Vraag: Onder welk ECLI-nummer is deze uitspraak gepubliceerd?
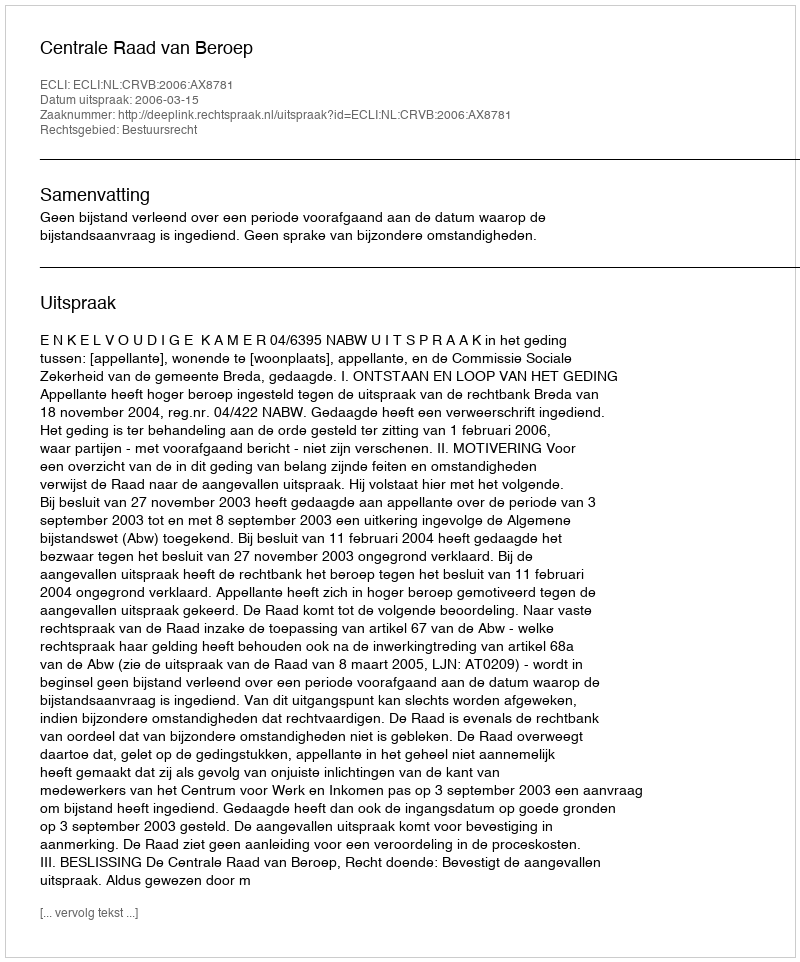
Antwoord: ECLI:NL:CRVB:2006:AX8781